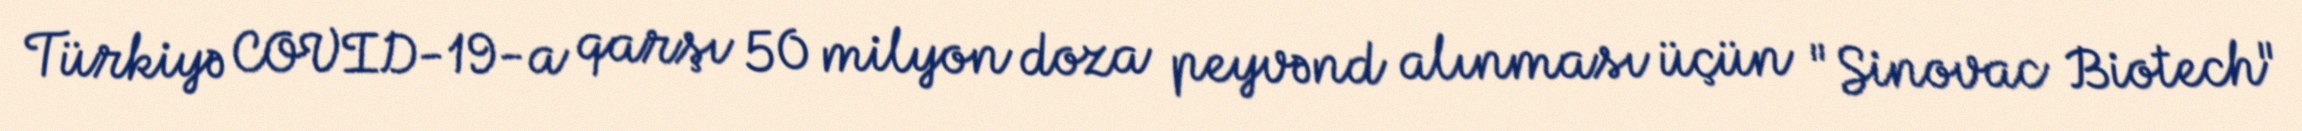
Türkiyə COVID-19-a qarşı 50 milyon doza peyvənd alınması üçün "Sinovac Biotech"